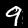
Label: 9